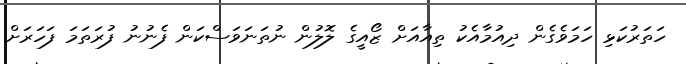
ހަތަރުކަޅި ހަމަވެގެން ދިއުމާއެކު ތިއާއަށް ޒޯއީގެ ލޮލުން ނުތަނަވަސްކަން ފެނުނު ފުރަތަމަ ފަހަރަށް